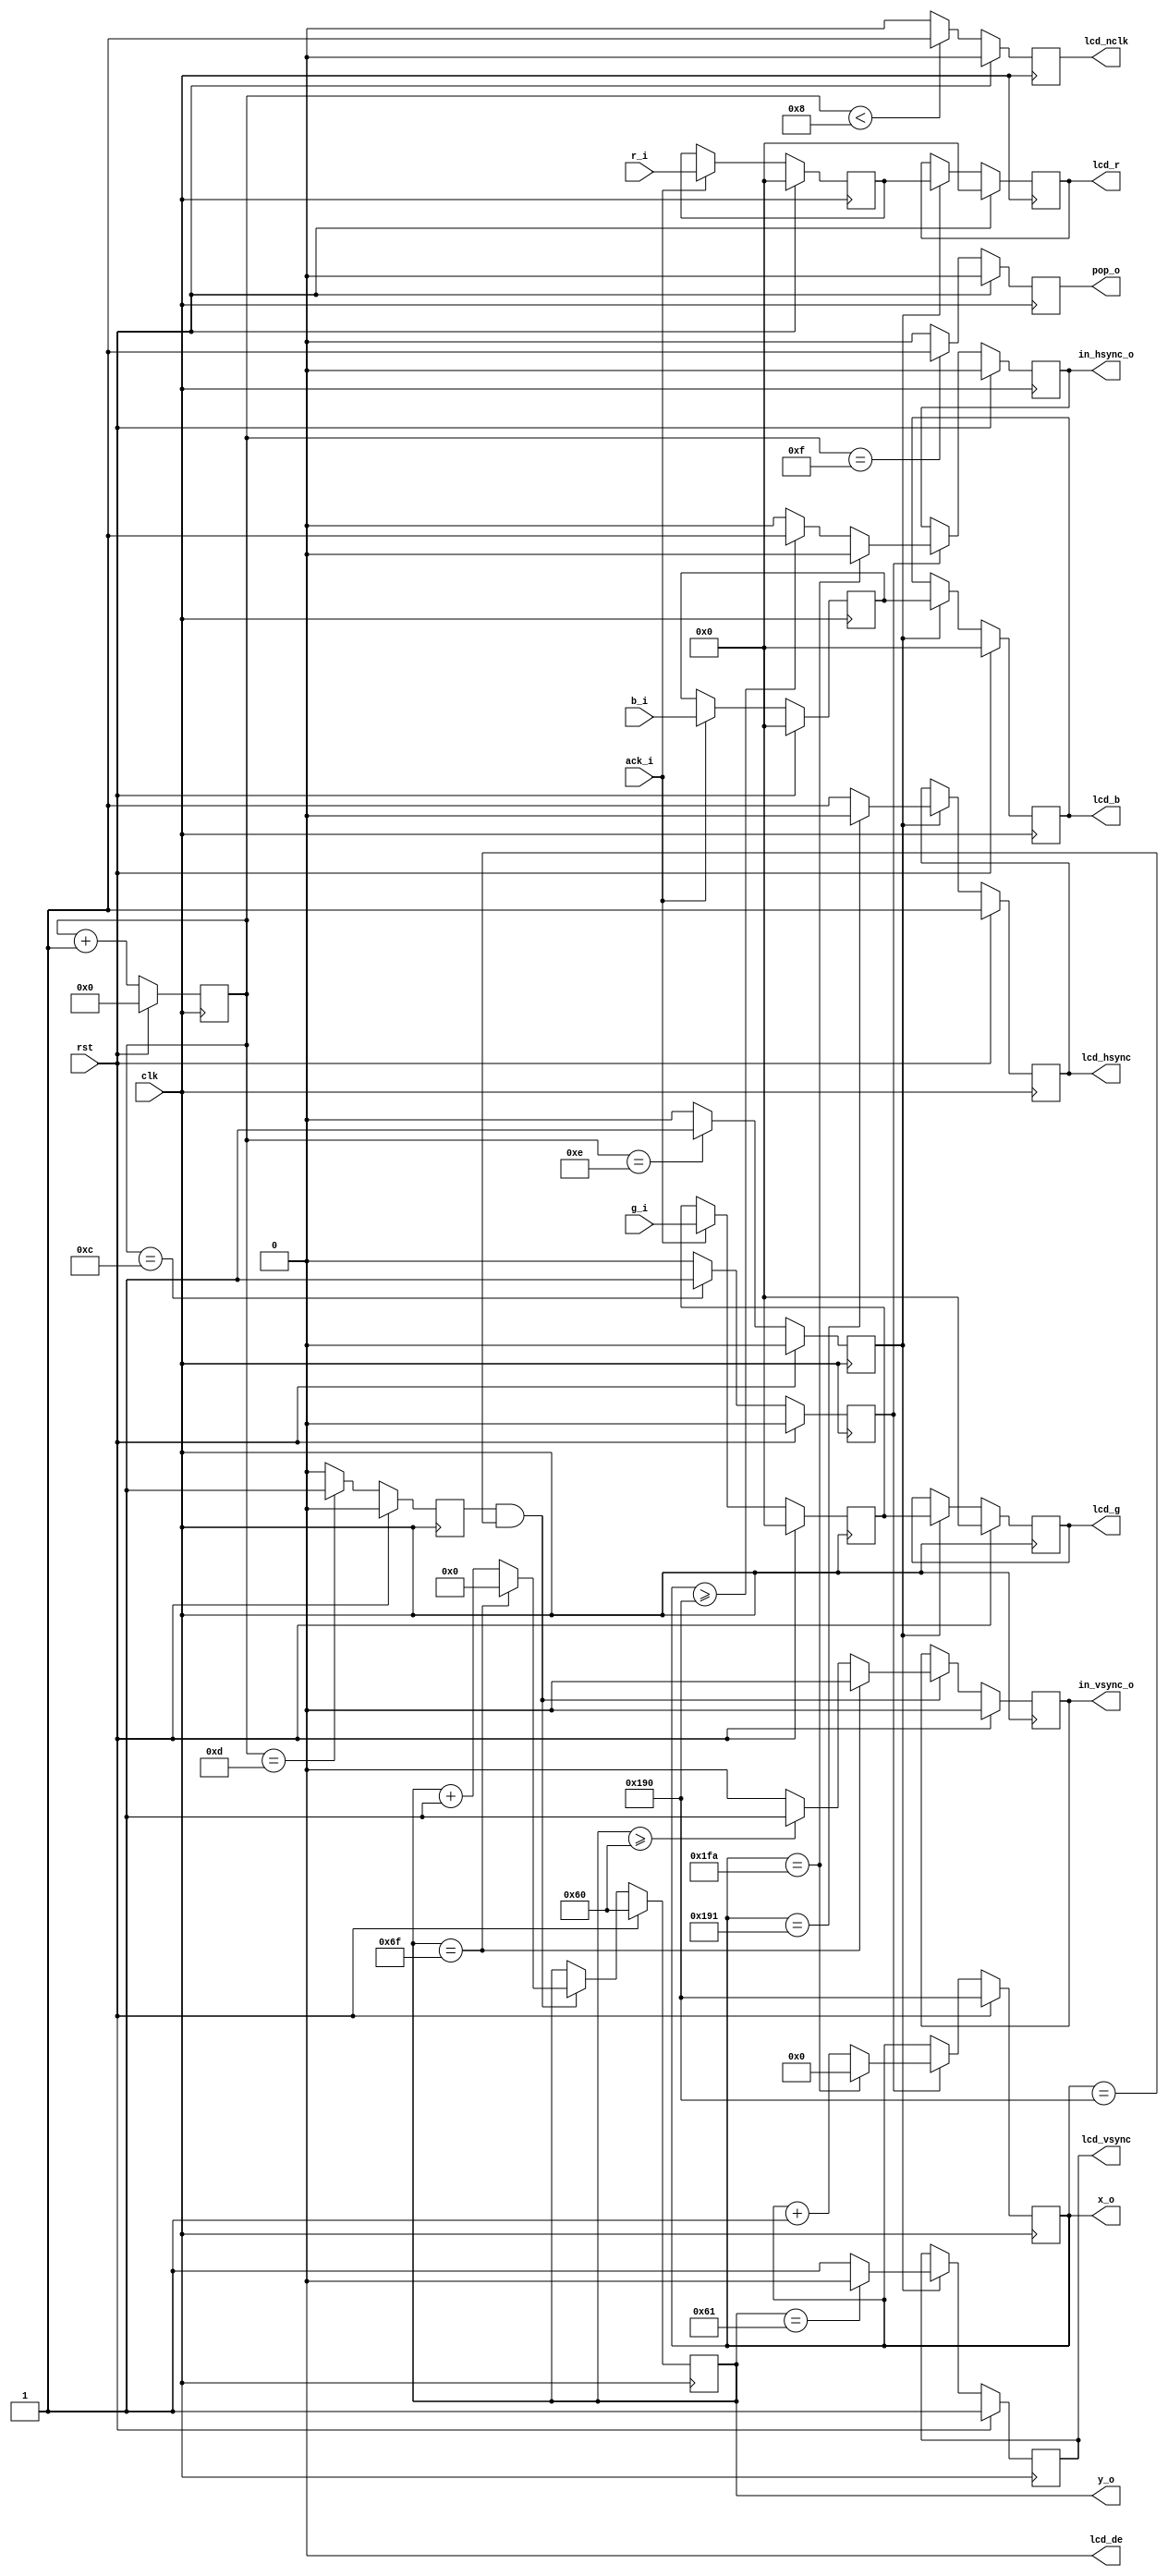
module lcdc(
    input wire clk, // clk491520
    input wire rst,

    output wire [8:0] x_o,
    output wire [6:0] y_o,
    output wire in_vsync_o,
    output wire in_hsync_o,
    output wire pop_o,
    input wire [5:0] r_i,
    input wire [5:0] g_i,
    input wire [5:0] b_i,
    input wire ack_i,

    output wire [5:0] lcd_r,
    output wire [5:0] lcd_g,
    output wire [5:0] lcd_b,
    output wire lcd_vsync,
    output wire lcd_hsync,
    output wire lcd_nclk,
    output wire lcd_de);

reg [3:0] counter_ff;
always @(posedge clk) begin
    if (rst) begin
        counter_ff <= 4'h0;
    end else begin
        counter_ff <= counter_ff + 1;
    end
end

/*
case (counter_ff) begin
4'h0: // send req
4'h1:
4'h2:
4'h3:
4'h4:
4'h5:
4'h6:
4'h7:
4'h8:
4'h9:
4'ha:
4'hb:
4'hc:
4'hd: // update x
4'he: // update y
4'hf: // update data
endcase
*/
reg send_req_ff;
reg update_x_ff;
reg update_y_ff;
reg update_data_ff;
always @(posedge clk) begin
    if (rst) begin
        send_req_ff <= 1'b0;
        update_x_ff <= 1'b0;
        update_y_ff <= 1'b0;
        update_data_ff <= 1'b0;
    end else begin
        if (counter_ff == 4'hf)
            send_req_ff <= 1'b1;
        else
            send_req_ff <= 1'b0;

        if (counter_ff == 4'hc)
            update_x_ff <= 1'b1;
        else
            update_x_ff <= 1'b0;

        if (counter_ff == 4'hd)
            update_y_ff <= 1'b1;
        else
            update_y_ff <= 1'b0;

        if (counter_ff == 4'he)
            update_data_ff <= 1'b1;
        else
            update_data_ff <= 1'b0;
    end
end
wire send_req = send_req_ff;
wire update_x = update_x_ff;
wire update_y = update_y_ff;
wire update_data = update_data_ff;

reg lcd_nclk_ff;
always @(posedge clk) begin
    if (rst)
        lcd_nclk_ff <= 1'b0;
    else begin
        if (counter_ff < 4'h8)
            lcd_nclk_ff <= 1'b1;
        else
            lcd_nclk_ff <= 1'b0;
    end
end

reg [8:0] curr_x_ff;
reg in_hsync_ff;
always @(posedge clk) begin
    if (rst) begin
        curr_x_ff <= 9'd400;
        in_hsync_ff <= 1'b0;
    end else begin
        if (update_x) begin
            if (curr_x_ff == 9'd506) begin
                curr_x_ff <= 9'd000;
                in_hsync_ff <= 0;
            end else begin
                curr_x_ff <= curr_x_ff + 1;
                in_hsync_ff <= (curr_x_ff >= 9'd400) ? 1'b1 : 1'b0;
            end
        end
    end
end

reg lcd_hsync_ff;
always @(posedge clk) begin
    if (rst)
        lcd_hsync_ff <= 1'b1;
    else begin
        if (update_data) begin
            if (curr_x_ff == 9'd401)
                lcd_hsync_ff <= 1'b0;
            else
                lcd_hsync_ff <= 1'b1;
        end
    end
end

reg [6:0] curr_y_ff;
reg in_vsync_ff;
always @(posedge clk) begin
    if (rst) begin
        curr_y_ff <= 7'd96;
        in_vsync_ff <= 1'b0;
    end else begin
        if (update_y && curr_x_ff == 9'd400) begin
            if (curr_y_ff == 7'd111) begin
                curr_y_ff <= 7'd0;
                in_vsync_ff <= 1'b0;
            end else begin
                curr_y_ff <= curr_y_ff + 1;
                in_vsync_ff <= (curr_y_ff >= 7'd96) ? 1'b1 : 1'b0;
            end
        end
    end
end

reg lcd_vsync_ff;
always @(posedge clk) begin
    if (rst)
        lcd_vsync_ff <= 1'b1;
    else begin
        if (update_data) begin
            if (curr_y_ff == 7'd97)
                lcd_vsync_ff <= 1'b0;
            else
                lcd_vsync_ff <= 1'b1;
        end
    end
end

assign x_o = curr_x_ff;
assign y_o = curr_y_ff;
assign in_hsync_o = in_hsync_ff;
assign in_vsync_o = in_vsync_ff;
assign pop_o = send_req;

reg [5:0] lcd_r_pending_ff;
reg [5:0] lcd_g_pending_ff;
reg [5:0] lcd_b_pending_ff;
always @(posedge clk) begin
    if (rst) begin
        lcd_r_pending_ff <= 6'h00;
        lcd_g_pending_ff <= 6'h00;
        lcd_b_pending_ff <= 6'h00;
    end else if (ack_i) begin
        lcd_r_pending_ff <= r_i;
        lcd_g_pending_ff <= g_i;
        lcd_b_pending_ff <= b_i;
    end
end

reg [5:0] lcd_r_ff;
reg [5:0] lcd_g_ff;
reg [5:0] lcd_b_ff;
always @(posedge clk) begin
    if (rst) begin
        lcd_r_ff <= 6'h00;
        lcd_g_ff <= 6'h00;
        lcd_b_ff <= 6'h00;
    end else if (update_data) begin
        lcd_r_ff <= lcd_r_pending_ff;
        lcd_g_ff <= lcd_g_pending_ff;
        lcd_b_ff <= lcd_b_pending_ff;
    end
end

assign lcd_de = 1'b0;
assign lcd_vsync = lcd_vsync_ff;
assign lcd_hsync = lcd_hsync_ff;
assign lcd_nclk = lcd_nclk_ff;
assign lcd_r[5:0] = lcd_r_ff;
assign lcd_g[5:0] = lcd_g_ff;
assign lcd_b[5:0] = lcd_b_ff;

endmodule